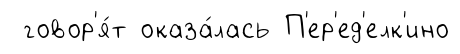
говор'я́т оказа́лась П'ер'ед'елк'ино